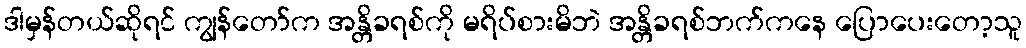
ဒါမှန်တယ်ဆိုရင် ကျွန်တော်က အန္တိခရစ်ကို မရိပ်စားမိဘဲ အန္တိခရစ်ဘက်ကနေ ပြောပေးတော့သူ